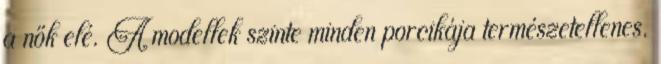
a nők elé. A modellek szinte minden porcikája természetellenes.